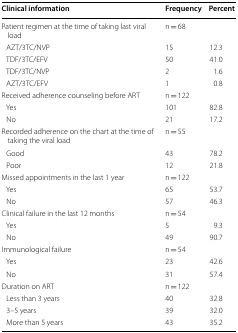
<table><thead><tr><td><b>Clinical information</b></td><td><b>Frequency</b></td><td><b>Percent</b></td></tr></thead><tbody><tr><td>Patient regimen at the time of taking last viral load</td><td>n = 68</td><td></td></tr><tr><td> AZT/3TC/NVP</td><td>15</td><td>12.3</td></tr><tr><td> TDF/3TC/EFV</td><td>50</td><td>41.0</td></tr><tr><td> TDF/3TC/NVP</td><td>2</td><td>1.6</td></tr><tr><td> AZT/3TC/EFV</td><td>1</td><td>0.8</td></tr><tr><td>Received adherence counseling before ART</td><td>n = 122</td><td></td></tr><tr><td> Yes</td><td>101</td><td>82.8</td></tr><tr><td> No</td><td>21</td><td>17.2</td></tr><tr><td>Recorded adherence on the chart at the time of taking the viral load</td><td>n = 55</td><td></td></tr><tr><td> Good</td><td>43</td><td>78.2</td></tr><tr><td> Poor</td><td>12</td><td>21.8</td></tr><tr><td>Missed appointments in the last 1 year</td><td>n = 122</td><td></td></tr><tr><td> Yes</td><td>65</td><td>53.7</td></tr><tr><td> No</td><td>57</td><td>46.3</td></tr><tr><td>Clinical failure in the last 12 months</td><td>n = 54</td><td></td></tr><tr><td> Yes</td><td>5</td><td>9.3</td></tr><tr><td> No</td><td>49</td><td>90.7</td></tr><tr><td>Immunological failure</td><td>n = 54</td><td></td></tr><tr><td> Yes</td><td>23</td><td>42.6</td></tr><tr><td> No</td><td>31</td><td>57.4</td></tr><tr><td>Duration on ART</td><td>n = 122</td><td></td></tr><tr><td> Less than 3 years</td><td>40</td><td>32.8</td></tr><tr><td> 3–5 years</td><td>39</td><td>32.0</td></tr><tr><td> More than 5 years</td><td>43</td><td>35.2</td></tr></tbody></table>